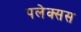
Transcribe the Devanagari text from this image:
पलेक्सस